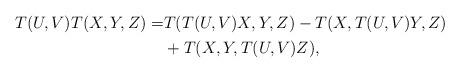
LaTeX: \begin{align*} \begin{aligned} T(U,V)T(X,Y,Z)=&T(T(U,V)X,Y,Z)-T(X,T(U,V)Y,Z)\\ &+T(X,Y,T(U,V)Z), \end{aligned}\end{align*}